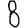
Digit: 8